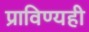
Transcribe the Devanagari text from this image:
प्राविण्यही